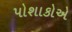
પોશાકોએ